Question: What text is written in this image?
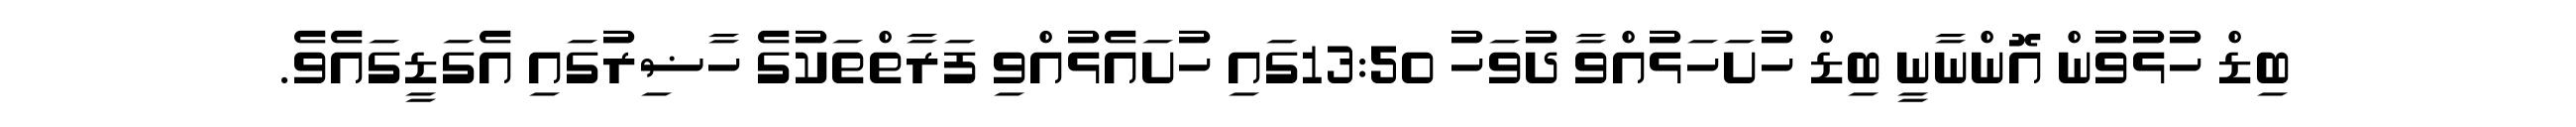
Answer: ބިޑް ހުޅުވުން އޮންނާނީ ބިޑް ހުށަހަޅުއްވާ ދުވަހު 13:50ގައި ހުށައެޅުއްވި ފަރާތްތަކުގެ ހާޟިރުގައި އެގަޑީގައެވެ.